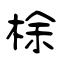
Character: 梌